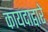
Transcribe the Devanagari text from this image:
कायदाद्वारे